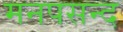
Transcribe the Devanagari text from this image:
मनपसन्द